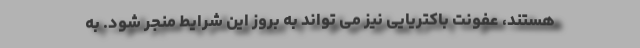
هستند، عفونت باکتریایی نیز می تواند به بروز این شرایط منجر شود. به